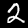
Digit: 2